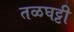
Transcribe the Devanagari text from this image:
तळघट्टी